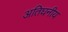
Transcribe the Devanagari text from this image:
अतिघनीय